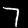
Digit: 7